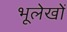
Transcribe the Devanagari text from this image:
भूलेखों